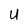
Character: U